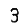
Digit: 3